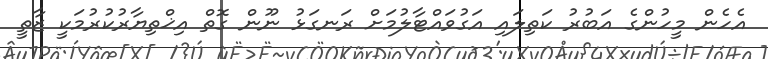
އެހެން މީހުންގެ އަބުރު ކަތިލައި އަގުވައްޓާލުމަށް ރަނގަޅު ނޫން ގޮތް އިޚްތިޔާރުކުރުމަކީ ޒާތީ